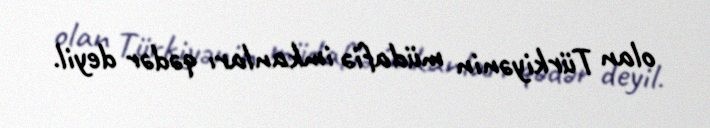
olan Türkiyənin müdafiə imkanları qədər deyil.